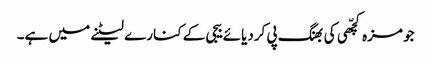
جو مزہ کچّھی کی بھنگ پی کردیائے بیجی کے کنارے لیٹنے میں ہے۔